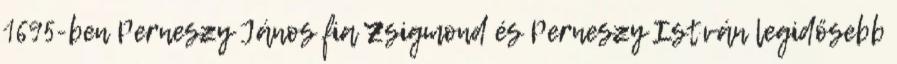
1695-ben Perneszy János fia Zsigmond és Perneszy István legidősebb